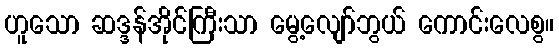
ဟူသော ဆဒ္ဒန်အိုင်ကြီးသာ မွေ့လျော်ဘွယ် ကောင်းလေစွ။